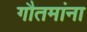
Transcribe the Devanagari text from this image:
गौतमांना